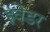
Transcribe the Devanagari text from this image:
इंवेडर